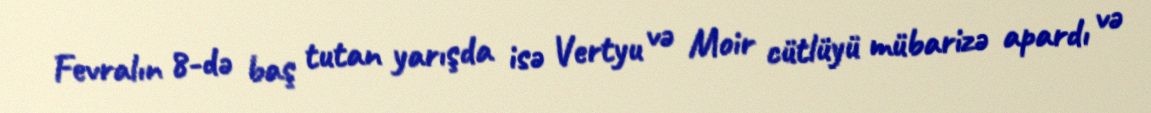
Fevralın 8-də baş tutan yarışda isə Vertyu və Moir cütlüyü mübarizə apardı və